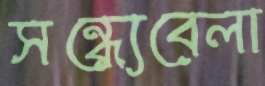
সন্ধ্যেবেলা